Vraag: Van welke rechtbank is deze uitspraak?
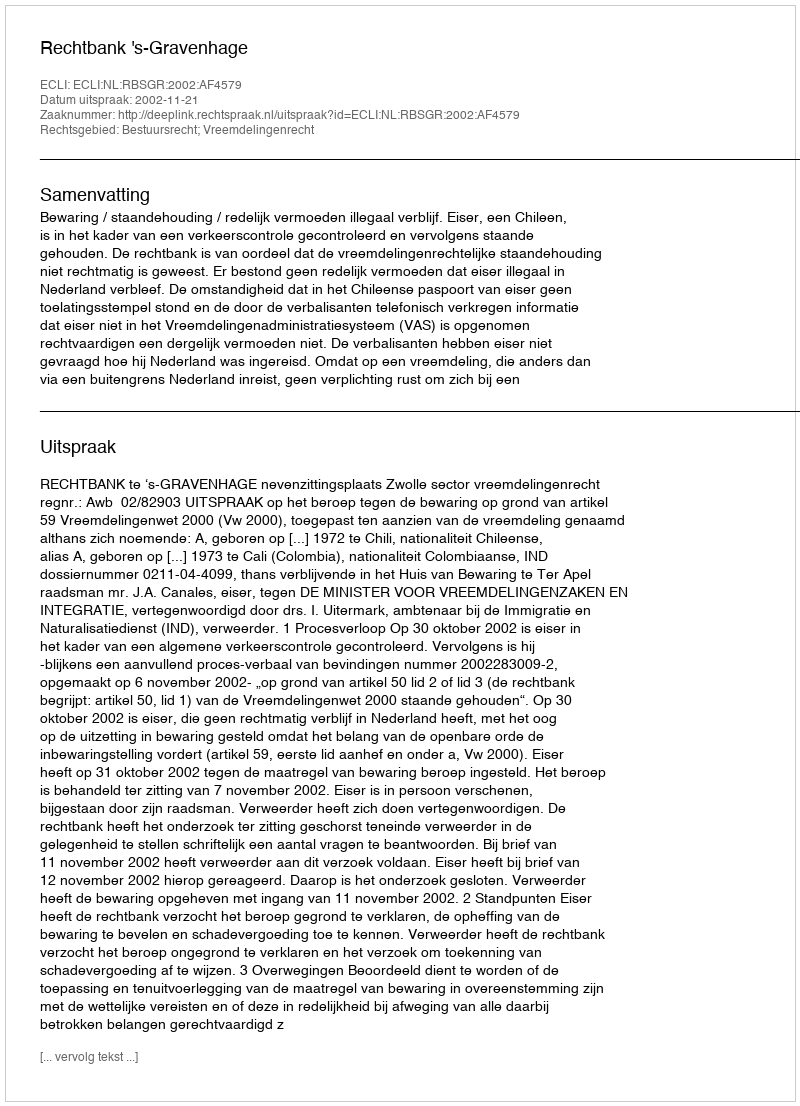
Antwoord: Rechtbank 's-Gravenhage